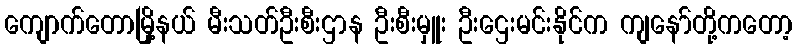
ကျောက်တောမြို့နယ် မီးသတ်ဦးစီးဌာန ဦးစီးမှူး ဦးဌေးမင်းနိုင်က ကျနော်တို့ကတော့